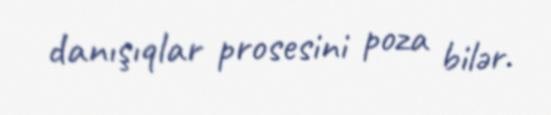
danışıqlar prosesini poza bilər.